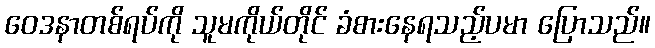
ဝေဒနာတစ်ရပ်ကို သူမကိုယ်တိုင် ခံစားနေရသည့်ပမာ ပြောသည်။